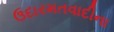
ઉદારમતવાદીના